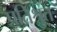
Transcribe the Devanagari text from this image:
प्रतिश्रुत